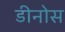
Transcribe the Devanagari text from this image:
डीनोस